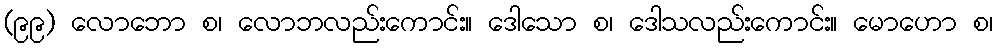
(၉၉) လောဘော စ၊ လောဘလည်းကောင်း။ ဒေါသော စ၊ ဒေါသလည်းကောင်း။ မောဟော စ၊